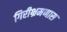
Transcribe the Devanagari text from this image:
गिरीभ्रमणास